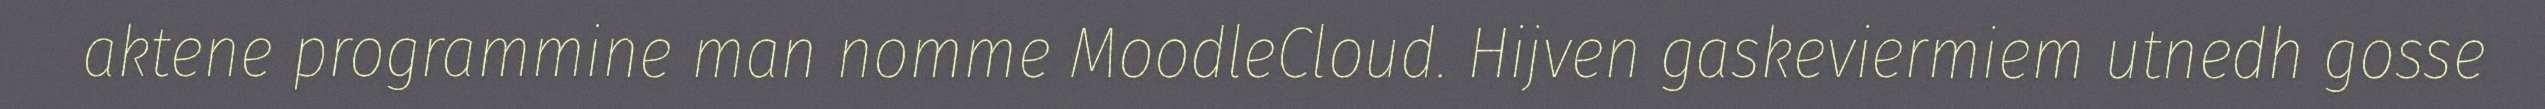
aktene programmine man nomme MoodleCloud. Hijven gaskeviermiem utnedh gosse